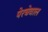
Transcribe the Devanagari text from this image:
पेरचेवाल